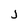
Character: j